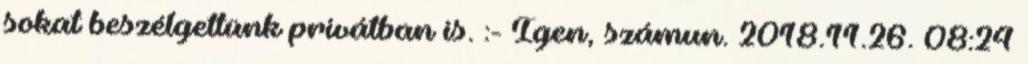
sokat beszélgettünk privátban is. :- Igen, számun. 2018.11.26. 08:24